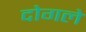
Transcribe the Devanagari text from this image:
दोगले